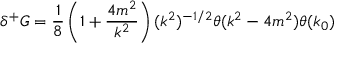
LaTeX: \delta ^ { + } G = \frac { 1 } { 8 } \left( 1 + \frac { 4 m ^ { 2 } } { k ^ { 2 } } \right) ( k ^ { 2 } ) ^ { - 1 / 2 } \theta ( k ^ { 2 } - 4 m ^ { 2 } ) \theta ( k _ { 0 } )